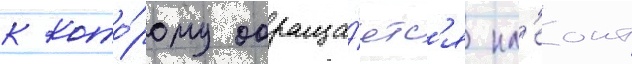
к кото́рому обраща́етс'я кл'еонт